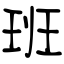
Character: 班